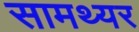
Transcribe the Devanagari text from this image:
सामथ्यर